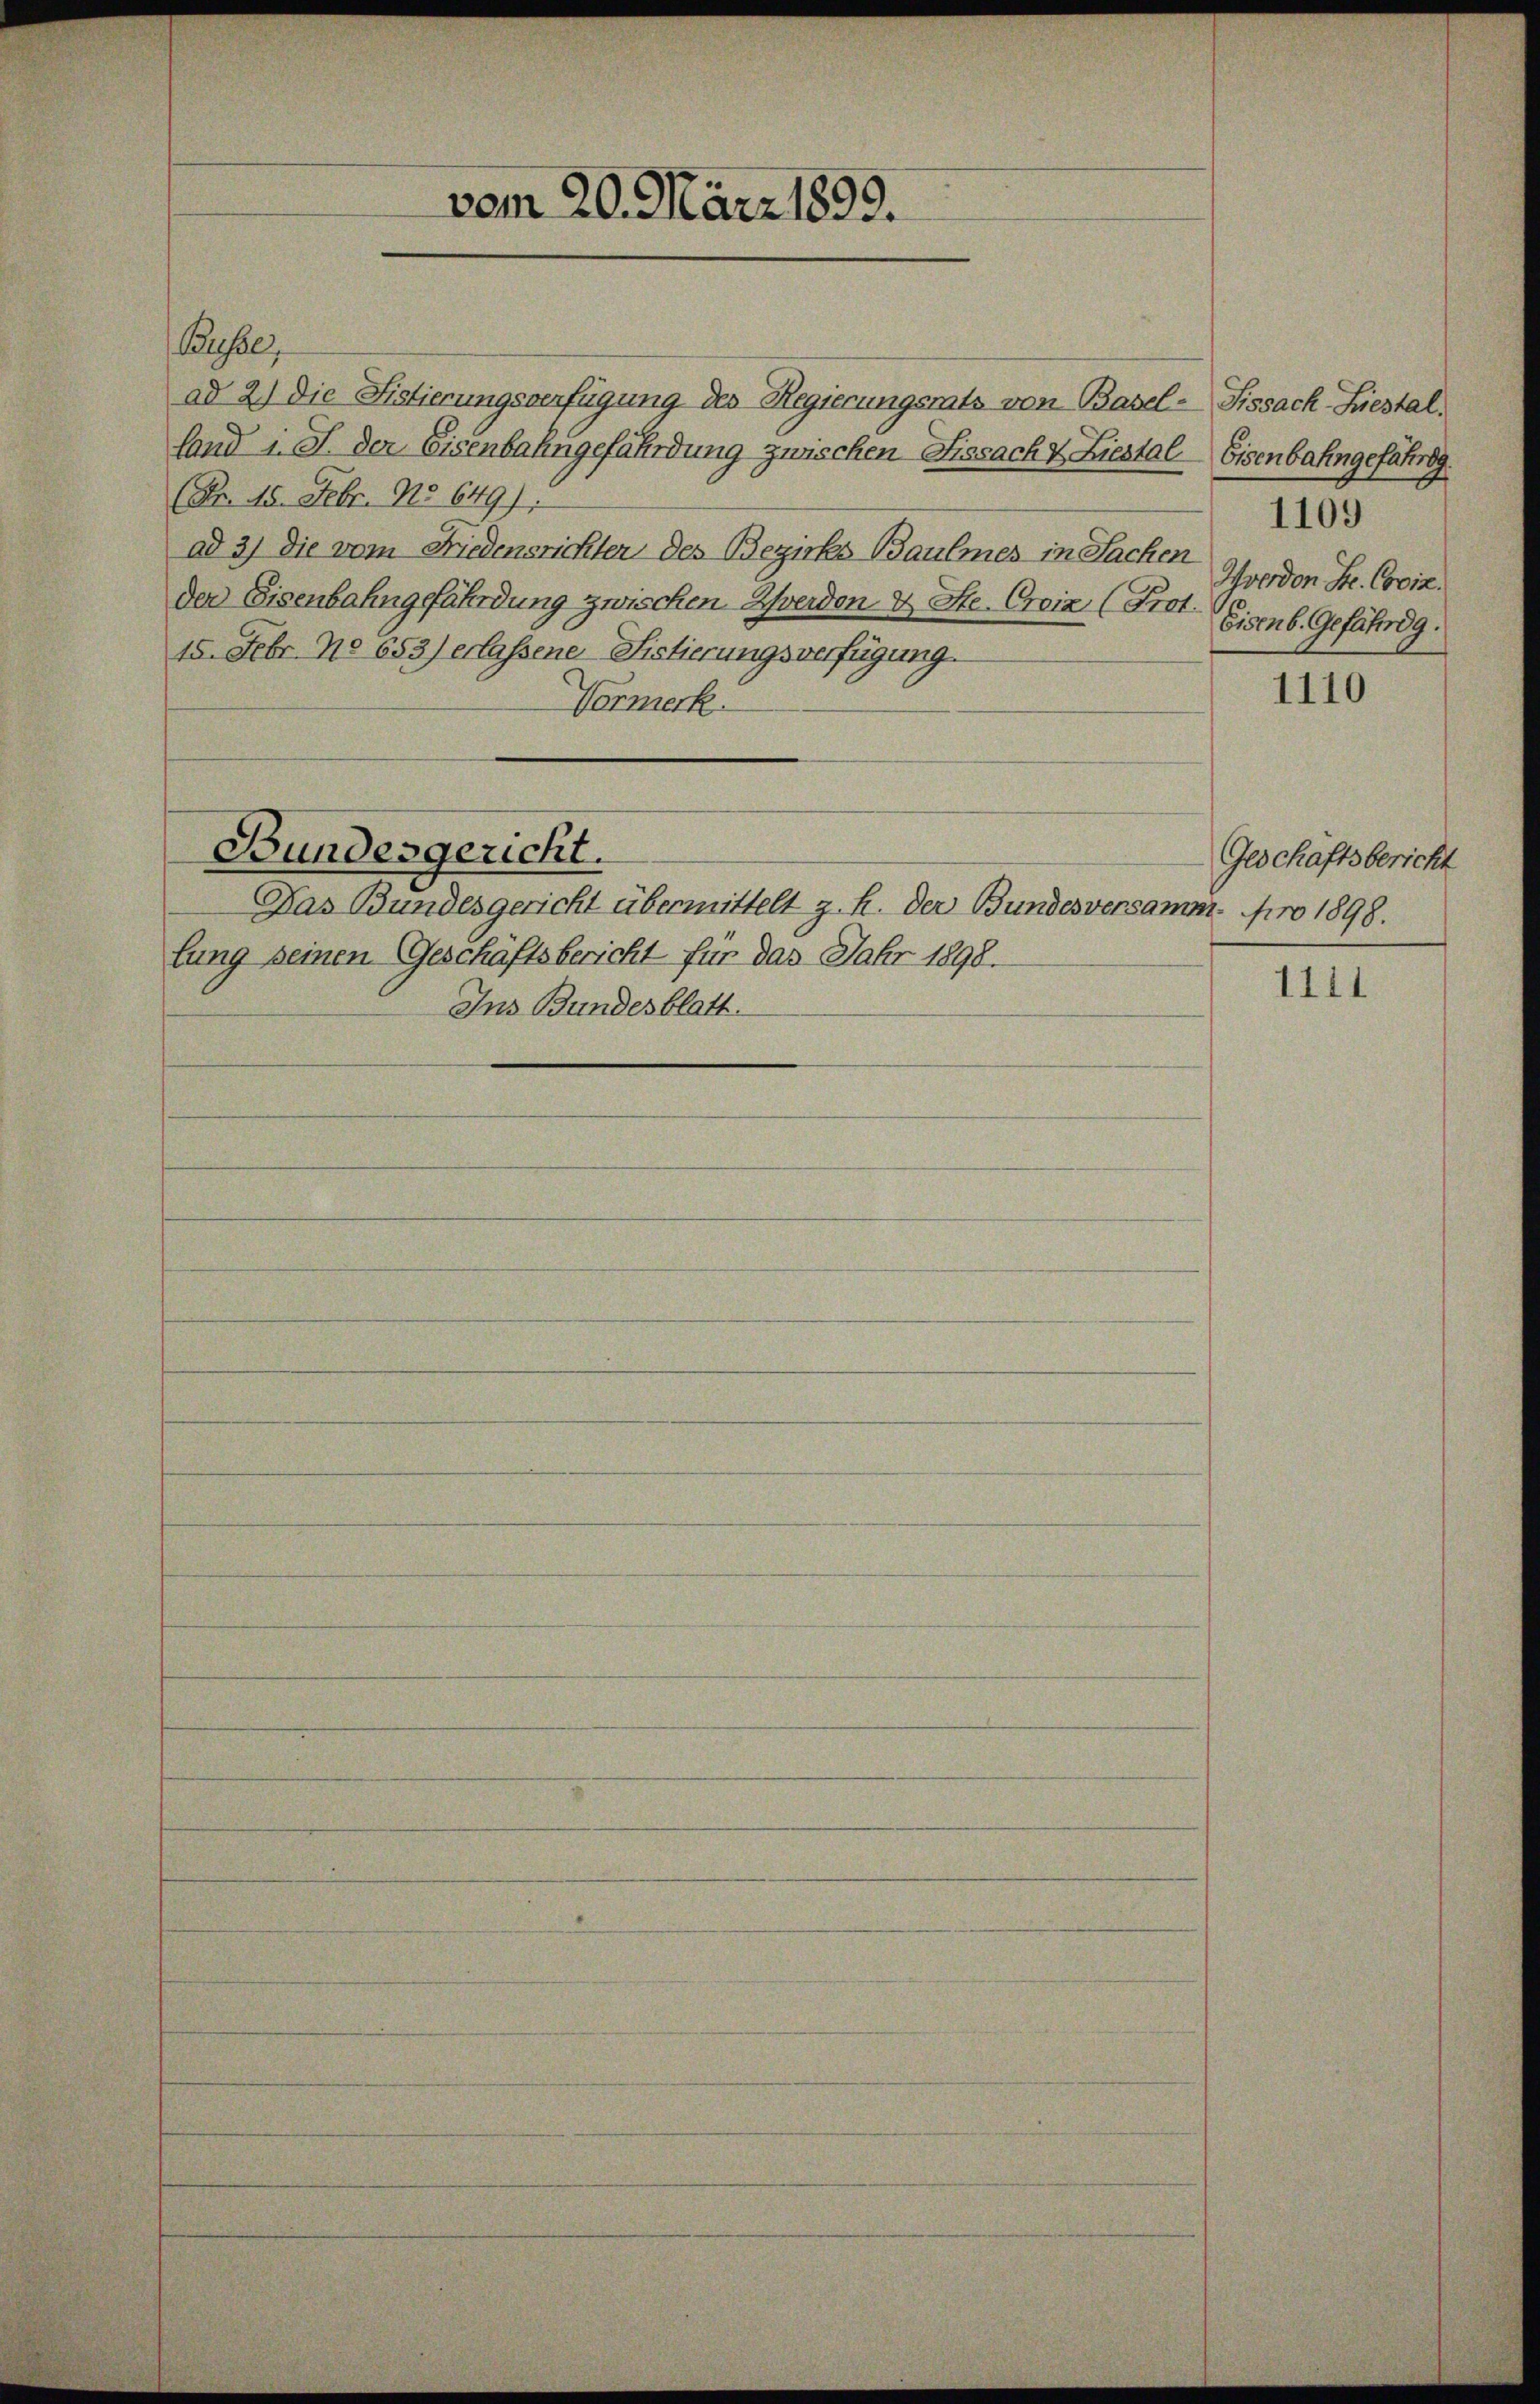
Busse
ad 2.) Die Fistierungsverfügung des Regierungsrats von Basel-Fissach-Liestal
land i. S. der Eisenbahngefährdung zwischen Fissacht Liestal-Eisenbahngefährig
(Nr. 45. Febr. No 649).
ad 3) die vom Friedensrichter des Bezirks Baumes in Sachen
der Eisenbahngefährdung zwischen Werden & Ste. Croix, (Prot.
15. Febr. No 653) erlassene Fistierungsverfügung.
Vormerk.
Bundesgericht.
Das Bundesgericht übermittelt z. h. der Bundesversamm- pro 1898.
fung seinen Geschäftsbericht für das Jahr 1898.
Ins Bundesblatt.

vom 20. März 1899.

Yverdon Se. Cooiz.
Eisenb. Gefährdg.

1109

1110

Geschäftsbericht

1111